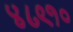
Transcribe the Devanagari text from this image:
४८९१०